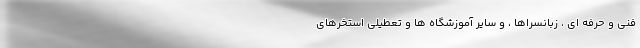
فنی و حرفه ای ، زبانسراها ، و سایر آموزشگاه ها و تعطیلی استخرهای